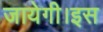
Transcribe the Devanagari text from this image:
जायेगी।इस